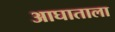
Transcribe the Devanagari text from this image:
आघाताला